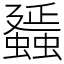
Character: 䗺